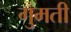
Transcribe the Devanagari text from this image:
गुमती